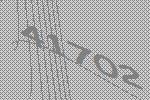
41702